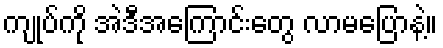
ကျုပ်ကို အဲဒီအကြောင်းတွေ လာမပြောနဲ့။